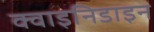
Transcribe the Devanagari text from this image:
क्वाइनिडाइन